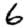
Digit: 6